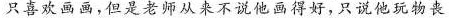
只喜欢画画，但是老师从来不说他画的好，只说他玩物丧